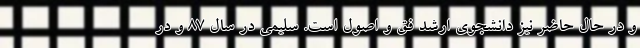
و در حال حاضر نیز دانشجوی ارشد فق و اصول است. سلیمی در سال ٨۷ و در